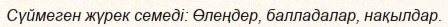
Сүймеген жүрек семеді: Өлеңдер, балладалар, нақылдар.